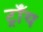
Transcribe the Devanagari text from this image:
ट्राँय